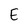
Character: E